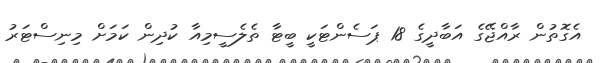
އެގޮތުން ރާއްޖޭގެ އަބާދީގެ 18 ޕަސެންޓަކީ ބީޓާ ތެލެސީމިއާ ކުދިން ކަމަށް މިނިސްޓަރު